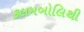
કલમબોલિથી